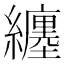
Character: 纏